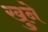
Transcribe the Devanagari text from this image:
खुने